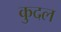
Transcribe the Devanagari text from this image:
कुदल